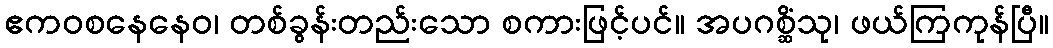
ဧကဝစနေနေဝ၊ တစ်ခွန်းတည်းသော စကားဖြင့်ပင်။ အပဂစ္ဆိံသု၊ ဖယ်ကြကုန်ပြီ။